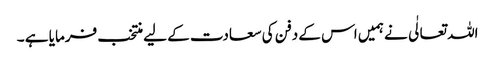
اللہ تعالٰی نے ہمیں اس کے دفن کی سعادت کے لیے منتخب فرمایا ہے ۔